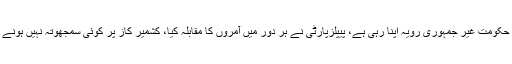
جامشورو میں میڈیا سے گفتگو کرتے ہوئے بلاول بھٹو کا کہنا تھا کہ حکومت غیر جمہوری رویہ اپنا رہی ہے، پیپلزپارٹی نے ہر دور میں آمروں کا مقابلہ کیا، کشمیر کاز پر کوئی سمجھوتہ نہیں ہونے دیں گے، کشمیر کاز پر کوئی پاکستانی کوتاہی برداشت نہیں کرے گا۔